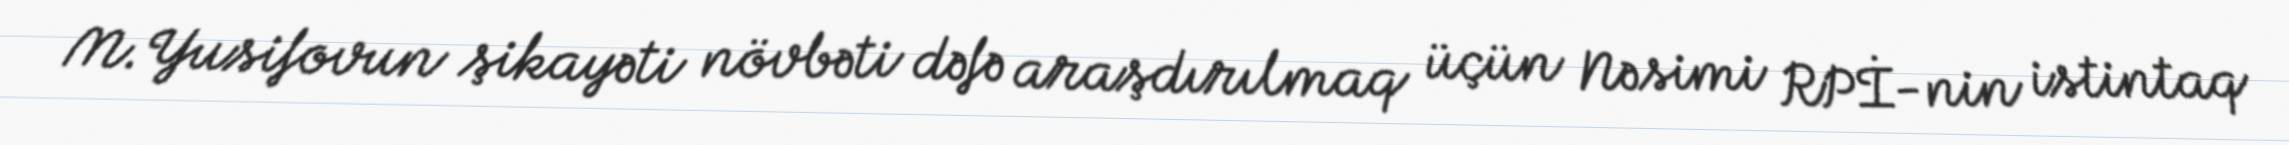
M.Yusifovun şikayəti növbəti dəfə araşdırılmaq üçün Nəsimi RPİ-nin istintaq